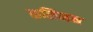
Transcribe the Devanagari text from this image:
कलिनन